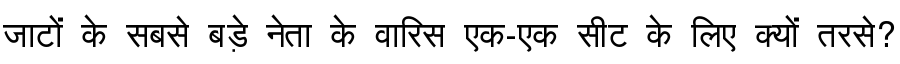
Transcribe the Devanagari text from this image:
जाटों के सबसे बड़े नेता के वारिस एक-एक सीट के लिए क्यों तरसे?